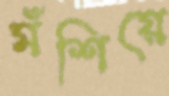
মঁশিয়ে